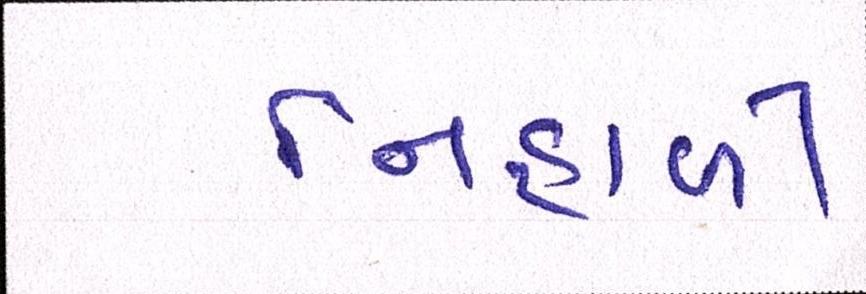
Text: નિહાળી